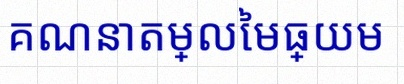
គណនាតម្លៃមធ្យម